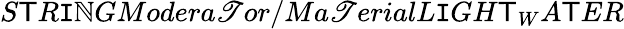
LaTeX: S\mathsf{T}R\mathtt{I}\mathbb{N}GModera\mathscr{T}or/Ma\mathscr{T}erialL\mathtt{I}GH\mathsf{T}_{W}A\mathsf{T}ER